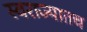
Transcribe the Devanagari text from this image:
स्वराज्यातच